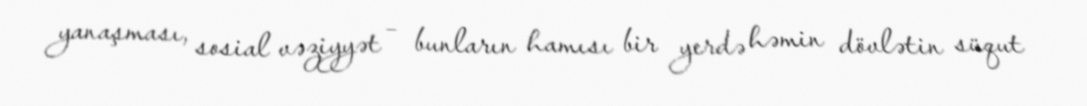
yanaşması, sosial vəziyyət – bunların hamısı bir yerdə həmin dövlətin süqut